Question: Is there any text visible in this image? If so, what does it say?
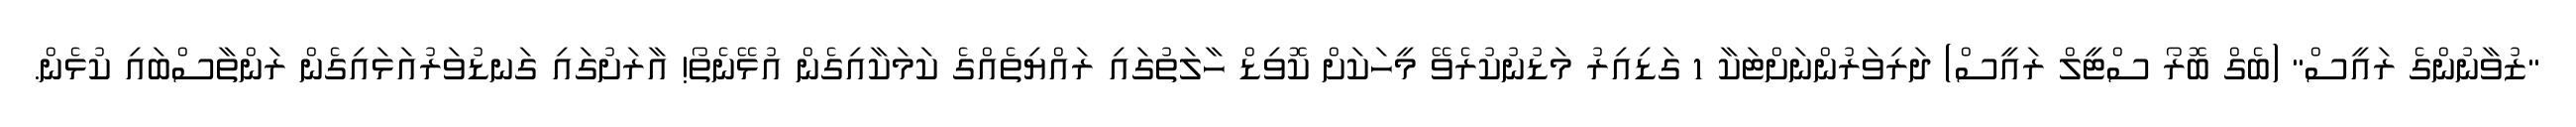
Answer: "ޒުވާނުންގެ ރައީސް" (ބެގް ބޮރޯ ސްޓީލް ރައީސް) ދަރިވަރުންނަށްޓަކާ 1 ގަޑިއިރު މަޑުނުކުރެވޭ މީހަކަށް ކޮވިޑް ހާލަތުގައި ރައްޔިތެއްގެ ކަމަކާއިގެން އުޅޭނެތޯ! އާރަށުގައި ގަނޑުވަރުއަޅައިގެން ރަންތާސްބައި ކުޅެން.